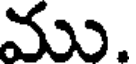
ము.